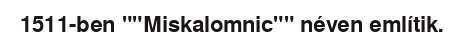
1511-ben ""Miskalomnic"" néven említik.